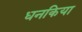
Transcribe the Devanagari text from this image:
धनकिया